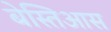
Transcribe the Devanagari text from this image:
बेस्तिआस